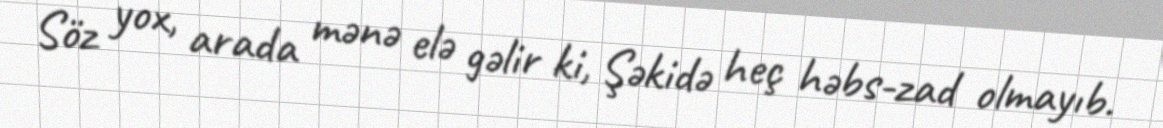
Söz yox, arada mənə elə gəlir ki, Şəkidə heç həbs-zad olmayıb.